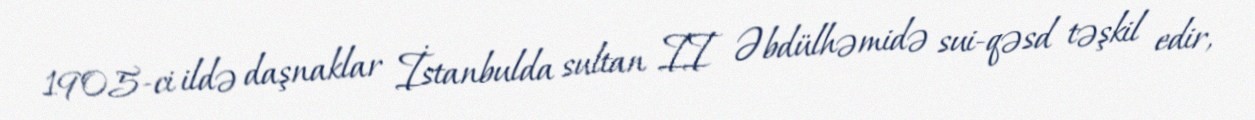
1905-ci ildə daşnaklar İstanbulda sultan II Əbdülhəmidə sui-qəsd təşkil edir,